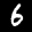
Label: 6